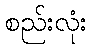
စည်းလုံး